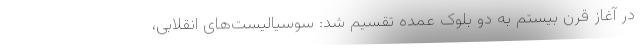
در آغاز قرن بیستم به دو بلوک عمده تقسیم شد: سوسیالیست‌های انقلابی،